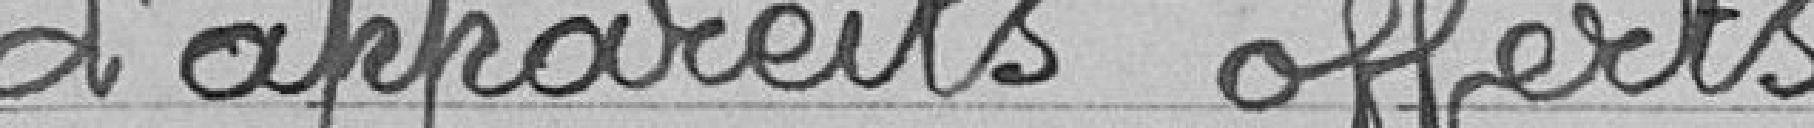
d'appareils offerts